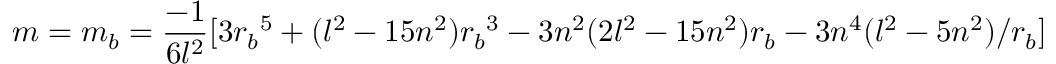
m = m _ { b } = { \frac { - 1 } { 6 l ^ { 2 } } } [ 3 { r _ { b } } ^ { 5 } + ( l ^ { 2 } - 1 5 n ^ { 2 } ) { r _ { b } } ^ { 3 } - 3 n ^ { 2 } ( 2 l ^ { 2 } - 1 5 n ^ { 2 } ) { r _ { b } } - 3 n ^ { 4 } ( l ^ { 2 } - 5 n ^ { 2 } ) / r _ { b } ]